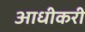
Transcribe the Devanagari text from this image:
आधीकरी